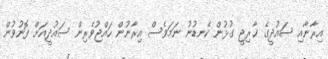
އިރާނާއި ސައުދީގެ ޚާރިޖީ ގުޅުން ކެނޑުނު ނަމަވެސް އިރާނުން ހައްޖުވެރިން ސައުދީއަށް ފޮނުވުން